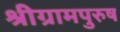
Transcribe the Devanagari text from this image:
श्रीग्रामपुरुष